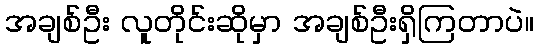
အချစ်ဦး လူတိုင်းဆိုမှာ အချစ်ဦးရှိကြတာပဲ။